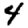
Digit: 4